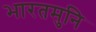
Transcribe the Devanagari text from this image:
भारतमुनि